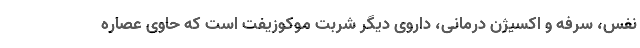
نفس، سرفه و اکسیژن درمانی، داروی دیگر شربت موکوزیفت است که حاوی عصاره